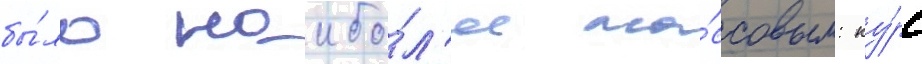
бы́ло наибо́л'ее ма́ссовым: ку́рс